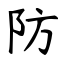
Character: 防